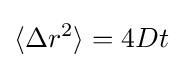
\langle \Delta r^{2}\rangle =4Dt